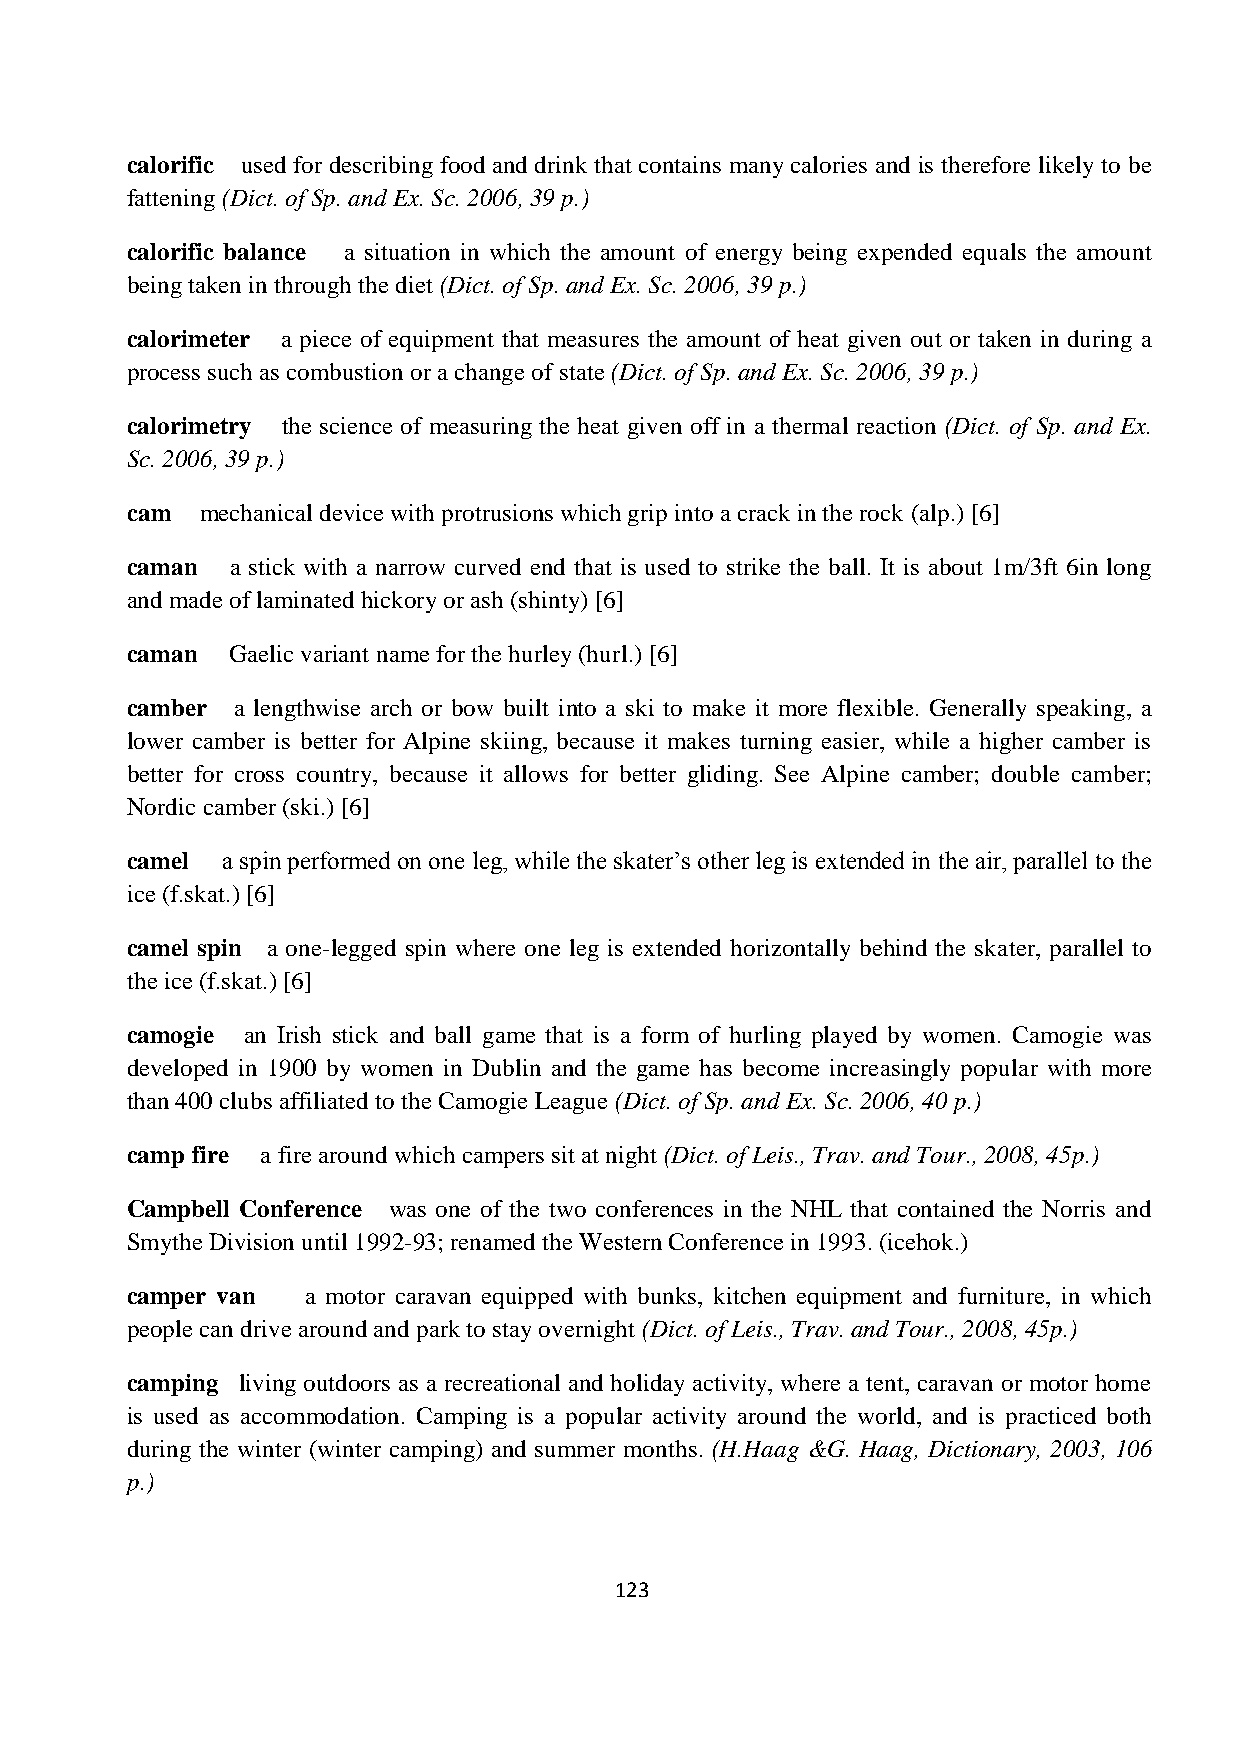
calorific used for describing food and drink that contains many calories and is therefore likely to be
 fattening (Dict. of Sp. and Ex. Sc. 2006, 39 p.)
 calorific balance a situation in which the amount of energy being expended equals the amount
 being taken in through the diet (Dict. of Sp. and Ex. Sc. 2006, 39 p.)
 calorimeter a piece of equipment that measures the amount of heat given out or taken in during a
 process such as combustion or a change of state (Dict. of Sp. and Ex. Sc. 2006, 39 p.)
 calorimetry the science of measuring the heat given off in a thermal reaction (Dict. of Sp. and Ex.
 Sc. 2006, 39 p.)
 cam  mechanical device with protrusions which grip into a crack in the rock (alp.) [6]
 caman  a stick with a narrow curved end that is used to strike the ball. It is about 1m/3ft 6in long
 and made of laminated hickory or ash (shinty) [6]
 caman  Gaelic variant name for the hurley (hurl.) [6]
 camber a lengthwise arch or bow built into a ski to make it more flexible. Generally speaking, a
 lower camber is better for Alpine skiing, because it makes turning easier, while a higher camber is
 better for cross country, because it allows for better gliding. See Alpine camber; double camber;
 Nordic camber (ski.) [6]
 camel  a spin performed on one leg, while the skater’s other leg is extended in the air, parallel to the
 ice (f.skat.) [6]
 camel spin a one-legged spin where one leg is extended horizontally behind the skater, parallel to
 the ice (f.skat.) [6]
 camogie an Irish stick and ball game that is a form of hurling played by women. Camogie was
 developed in 1900 by women in Dublin and the game has become increasingly popular with more
 than 400 clubs affiliated to the Camogie League (Dict. of Sp. and Ex. Sc. 2006, 40 p.)
 camp fire a fire around which campers sit at night (Dict. of Leis., Trav. and Tour., 2008, 45p.)
 Campbell Conference was one of the two conferences in the NHL that contained the Norris and
 Smythe Division until 1992-93; renamed the Western Conference in 1993. (icehok.)
 camper van  a motor caravan equipped with bunks, kitchen equipment and furniture, in which
 people can drive around and park to stay overnight (Dict. of Leis., Trav. and Tour., 2008, 45p.)
 camping living outdoors as a recreational and holiday activity, where a tent, caravan or motor home
 is used as accommodation. Camping is a popular activity around the world, and is practiced both
 during the winter (winter camping) and summer months. (H.Haag &G. Haag, Dictionary, 2003, 106
 p.)
 123